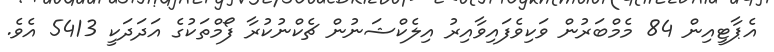
އެޕާޓީއިން 84 މެމްބަރުން ވަކިވެފައިވާއިރު އިލެކްޝަނުން ޗެކްނުކުރާ ފޯމްތަކުގެ އަދަދަކީ 5413 އެވެ.